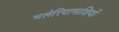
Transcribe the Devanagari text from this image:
मलेरियानाशियों